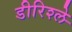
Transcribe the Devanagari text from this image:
डीरिश्ले